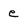
Character: e